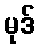
မုဒ်